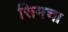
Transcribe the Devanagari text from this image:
सिमचा